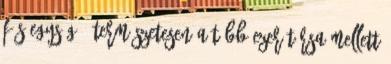
fős egység . Természetesen a több ezer társa mellett